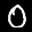
Label: 0